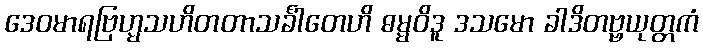
ဒေဝမာရဗြဟ္မသဟိတတာသင်္ခါတေဟိ ဓမ္မဝိဒူ ဒသမော ခါဒိတဗ္ဗယုတ္တကံ